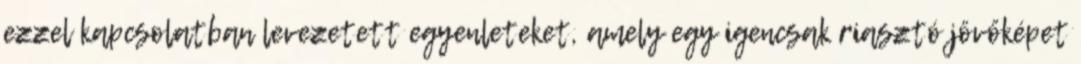
ezzel kapcsolatban levezetett egyenleteket, amely egy igencsak riasztó jövőképet